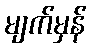
မျက်မှန်